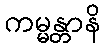
ကမ္မန္တာနိ